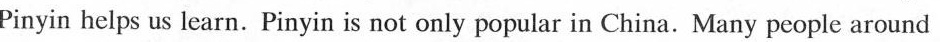
Pinyin helps us learn. Pinyin is not only popular in China. Many people around